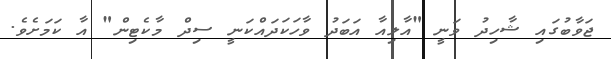
ޖަވާބުގައި ޝާހިދު ވަނީ "އާލިއާ އަބަދު ވާހަކަދައްކަނީ ސިދް މާކެޓިން" އާ ކަމަށެވެ.